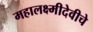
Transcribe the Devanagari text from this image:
महालक्ष्मीदेवीचे